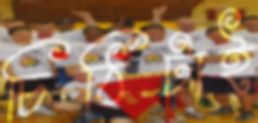
চিঠিটাই